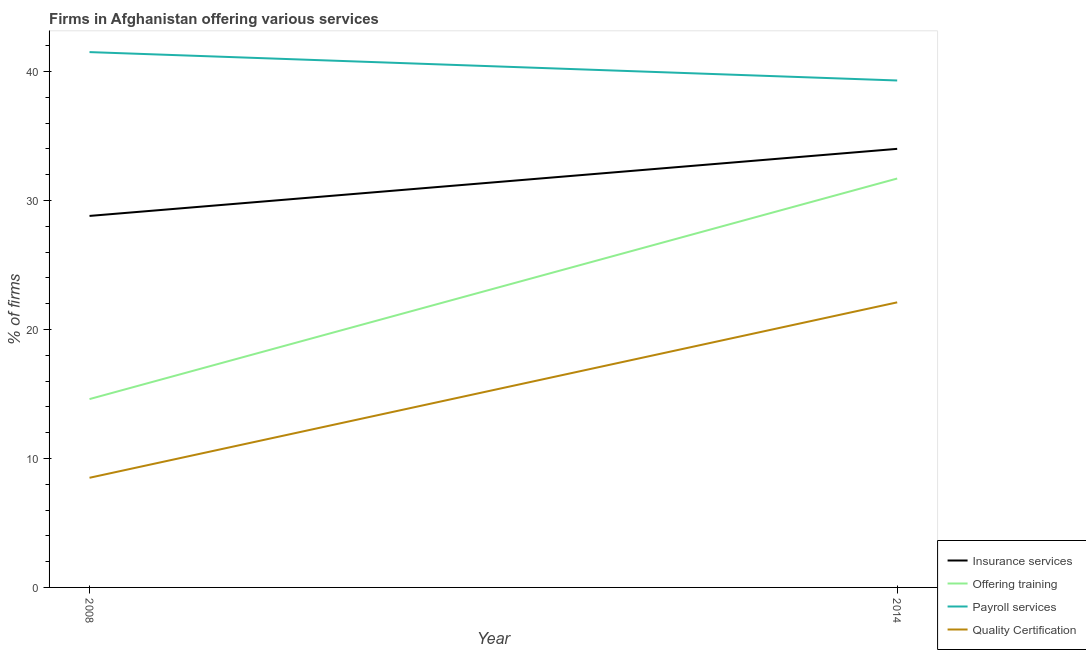
| Year | Insurance services | Offering training | Payroll services | Quality Certification |
 | --- | --- | --- | --- | --- |
 | 2008 | 28.8 | 14.6 | 41.5 | 8.5 |
 | 2014 | 34 | 31.7 | 39.3 | 22.1 |